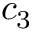
c _ { 3 }